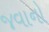
જવાનો